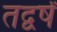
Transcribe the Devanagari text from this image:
तद्वर्षं